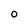
Character: o